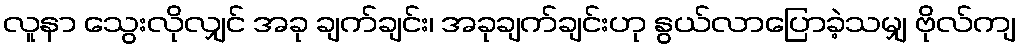
လူနာ သွေးလိုလျှင် အခု ချက်ချင်း၊ အခုချက်ချင်းဟု နွယ်လာပြောခဲ့သမျှ ဗိုလ်ကျ